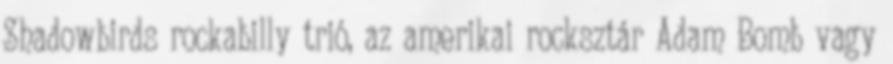
Shadowbirds rockabilly trió, az amerikai rocksztár Adam Bomb vagy